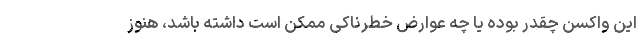
این واکسن چقدر بوده یا چه عوارض خطرناکی ممکن است داشته باشد، هنوز